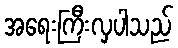
အရေးကြီးလှပါသည်